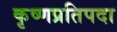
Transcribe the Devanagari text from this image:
कृष्णप्रतिपदा